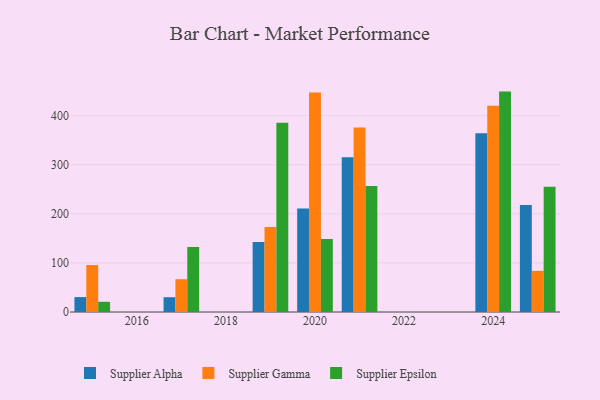
{"axis": {"x": "Year", "y": "Demand Index"}, "legend": ["Supplier Alpha", "Supplier Epsilon", "Supplier Gamma"], "data": [{"x": "2015", "y": 30.4, "type": "Supplier Alpha"}, {"x": "2015", "y": 95.7, "type": "Supplier Gamma"}, {"x": "2015", "y": 20.8, "type": "Supplier Epsilon"}, {"x": "2017", "y": 30.1, "type": "Supplier Alpha"}, {"x": "2017", "y": 66.8, "type": "Supplier Gamma"}, {"x": "2017", "y": 132.4, "type": "Supplier Epsilon"}, {"x": "2019", "y": 142.7, "type": "Supplier Alpha"}, {"x": "2019", "y": 173.2, "type": "Supplier Gamma"}, {"x": "2019", "y": 385.7, "type": "Supplier Epsilon"}, {"x": "2025", "y": 218.2, "type": "Supplier Alpha"}, {"x": "2025", "y": 83.8, "type": "Supplier Gamma"}, {"x": "2025", "y": 255.4, "type": "Supplier Epsilon"}, {"x": "2021", "y": 315.5, "type": "Supplier Alpha"}, {"x": "2021", "y": 375.7, "type": "Supplier Gamma"}, {"x": "2021", "y": 256.6, "type": "Supplier Epsilon"}, {"x": "2024", "y": 364.3, "type": "Supplier Alpha"}, {"x": "2024", "y": 420.5, "type": "Supplier Gamma"}, {"x": "2024", "y": 449.1, "type": "Supplier Epsilon"}, {"x": "2020", "y": 211.0, "type": "Supplier Alpha"}, {"x": "2020", "y": 447.3, "type": "Supplier Gamma"}, {"x": "2020", "y": 148.7, "type": "Supplier Epsilon"}]}